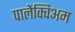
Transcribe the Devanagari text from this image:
पालेंक्विअम